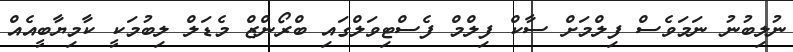
ނުލިބުނު ނަމަވެސް ފިލްމަށް ސާކް ފިލްމް ފެސްޓިވަލްގައި ބްރޯންޒް މެޑަލް ލިބުމަކީ ކާމިޔާބީއެއް